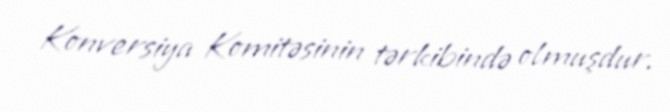
Konversiya Komitəsinin tərkibində olmuşdur.